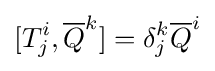
[T_{j}^{i},{\overline {Q}}^{k}]=\delta _{j}^{k}{\overline {Q}}^{i}